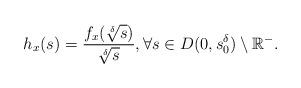
LaTeX: \begin{align*}h_x(s)=\frac{f_x(\sqrt[\delta]{s})}{\sqrt[\delta]{s}}, \forall s \in D(0,s^{\delta}_0) \setminus \mathbb{R}^-.\end{align*}